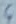
Text: 4